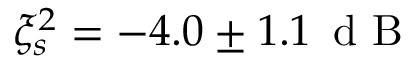
\xi _ { s } ^ { 2 } = - 4 . 0 \pm 1 . 1 \, \mathrm { ~ d ~ B ~ }